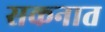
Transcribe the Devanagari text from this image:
सकनात